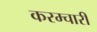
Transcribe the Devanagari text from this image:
करम्चारी